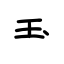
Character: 玉